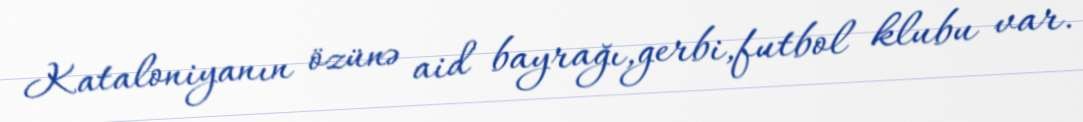
Kataloniyanın özünə aid bayrağı,gerbi,futbol klubu var.